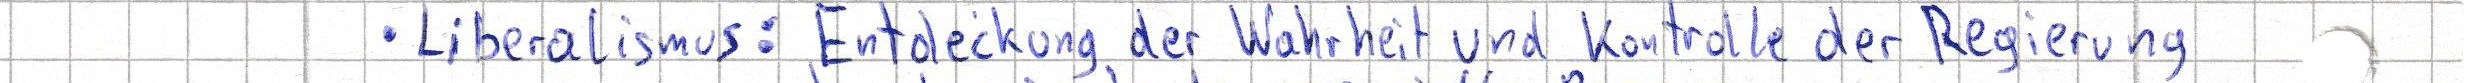
- Liberalismus: Entdeckung der Wahrheit und Kontrolle der Regierung